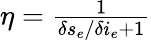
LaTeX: \begin{array}{r}{\eta=\frac{1}{\delta s_{e}/\delta i_{e}+1}}\end{array}